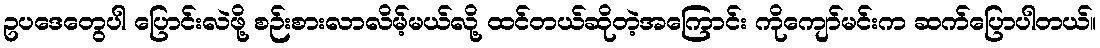
ဥပဒေတွေပါ ပြောင်းလဲဖို့ စဉ်းစားလာလိမ့်မယ်လို့ ထင်တယ်ဆိုတဲ့အကြောင်း ကိုကျော်မင်းက ဆက်ပြောပါတယ်။